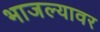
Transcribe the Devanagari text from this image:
भाजल्यावर